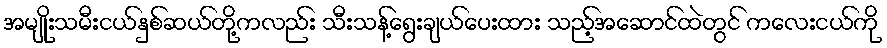
အမျိုးသမီးငယ်နှစ်ဆယ်တို့ကလည်း သီးသန့်ရွေးချယ်ပေးထား သည့်အဆောင်ထဲတွင် ကလေးငယ်ကို